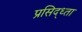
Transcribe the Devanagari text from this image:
प्रसिद्ध्ता